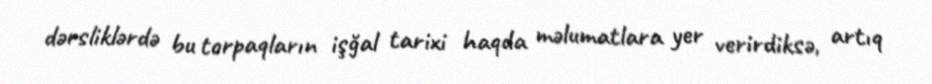
dərsliklərdə bu torpaqların işğal tarixi haqda məlumatlara yer verirdiksə, artıq